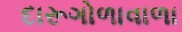
દારૂગોળાવાળા